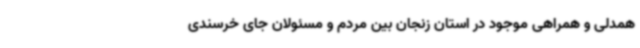
همدلی و همراهی موجود در استان زنجان بین مردم و مسئولان جای خرسندی